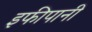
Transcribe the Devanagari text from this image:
इफीपानी